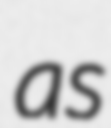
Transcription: as